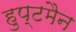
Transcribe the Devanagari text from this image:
हुप्टमैन